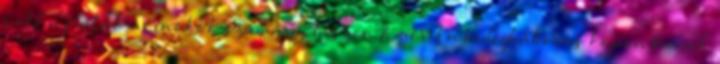
volt a fiatal mérnökök számára, hiszen Amerika hidegháborús koponyáinak